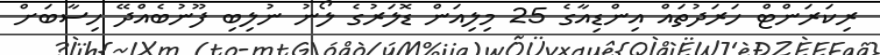
ރިކަރަންޓް ހަރަދުތައް އިންޑިއާގެ 25 މިލިއަން ޑޮލަރުގެ ލޯނު ނުލިބި ފޫނުބެއްދޭ ހިސާބަށް